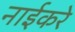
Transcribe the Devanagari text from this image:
नाईकरे